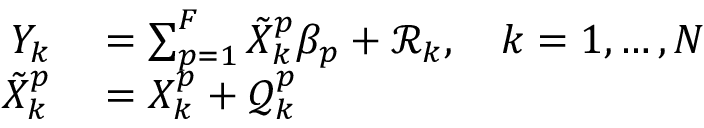
\begin{array} { r l } { Y _ { k } } & { { } = \sum _ { p = 1 } ^ { F } \tilde { X } _ { k } ^ { p } \beta _ { p } + \mathcal { R } _ { k } , \quad k = 1 , \ldots , N } \\ { \tilde { X } _ { k } ^ { p } } & { { } = { X } _ { k } ^ { p } + \mathcal { Q } _ { k } ^ { p } } \end{array}